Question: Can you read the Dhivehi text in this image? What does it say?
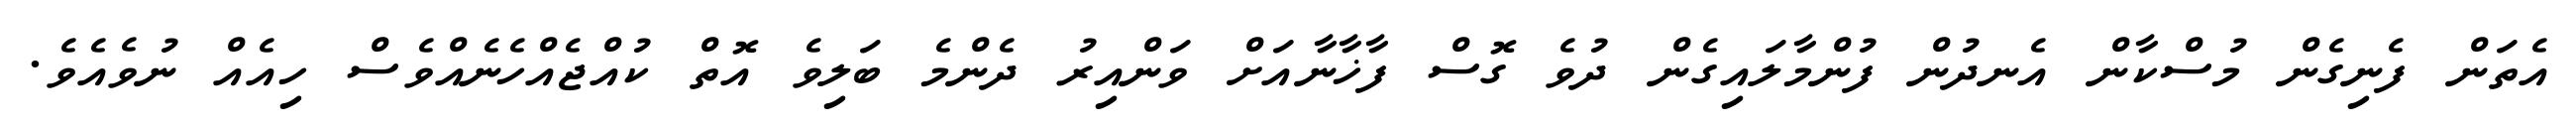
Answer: އެތަން ފެނިގެން މުސްކާން އެނދުން ފުންމާލައިގެން ދުވެ ގޮސް ފާޚާނާއަށް ވަންއިރު ދެންމެ ބަލިވެ އޮތް ކުއްޖެއްހެނެއްވެސް ހިއެއް ނުވެއެވެ.